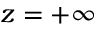
z = + \infty